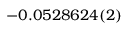
- 0 . 0 5 2 8 6 2 4 ( 2 )